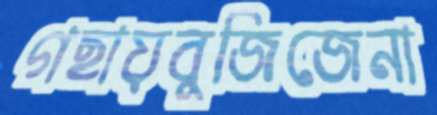
গছায়বুজিজেনা